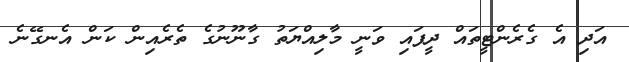
އަދި އެ ގެރެންޓީތައް ދީފައި ވަނީ މާލިއްޔަތު ގާނޫނުގެ ތެރެއިން ކަން އެނގޭނެ